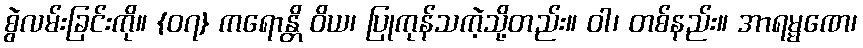
စွဲလမ်းခြင်းကို။ {၀၇} ကရောန္တိ ဝိယ၊ ပြုကုန်သကဲ့သို့တည်း။ ဝါ၊ တစ်နည်း။ အာရမ္မဏေ၊